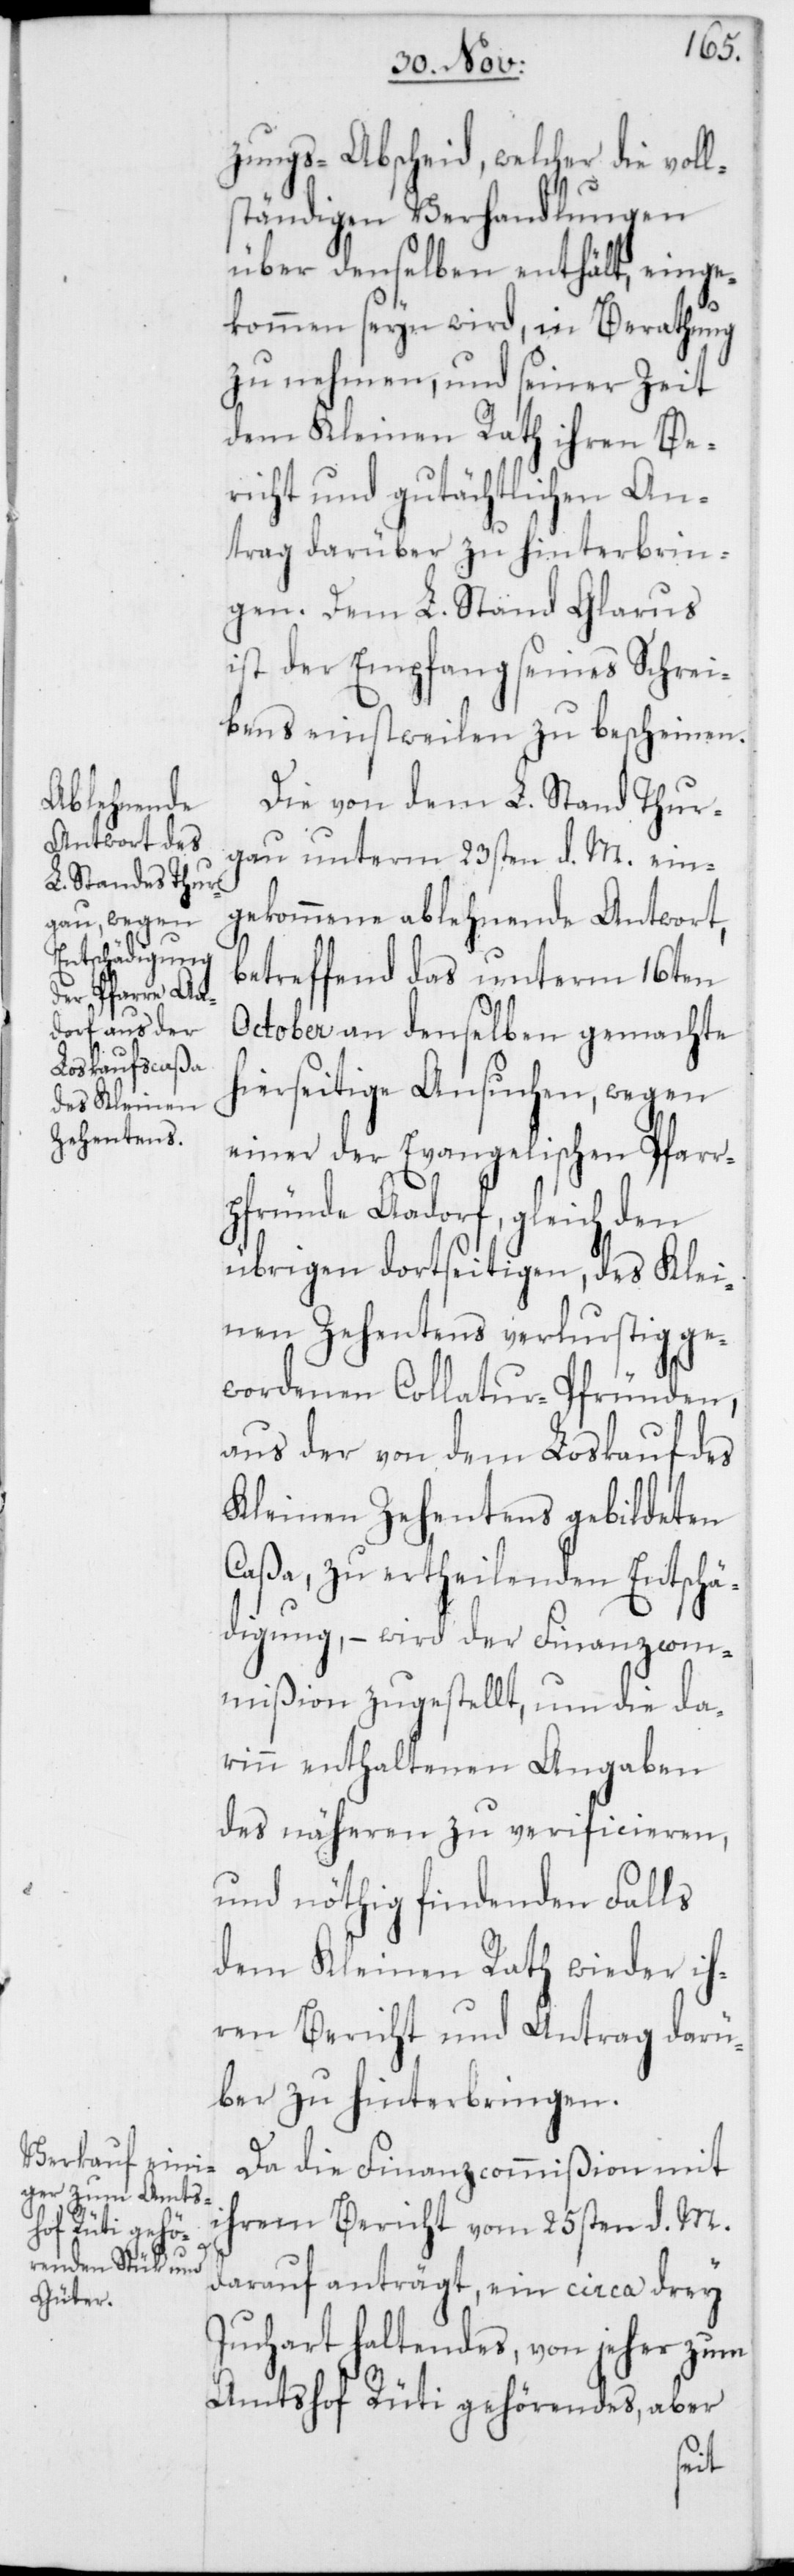
zungs-Abscheid, welcher die voll¬
ständigen Verhandlungen
über denselben enthält, einge¬
kommen seyn wird, in Berathung
zu nehmen, und seiner Zeit
dem Kleinen Rath ihren Be¬
richt und gutächtlichen An¬
trag darüber zu hinterbrin¬
gen. Dem L. Stand Glarus
ist der Empfang seines Schrei¬
bens einstweilen zu bescheinen.
Die von dem L. Stand Thur¬
gau unterm 23sten d. M. ein¬
gekommene ablehnende Antwort,
betreffend das unterm 16ten
October an denselben gemachte
hierseitige Ansuchen, wegen
einer der Evangelischen Pfarr¬
pfründe Aadorf, gleich den
übrigen dortseitigen, des Klei¬
nen Zehentens verlustig ge¬
wordenen Collatur-Pfründen,
aus der von dem Loskauf des
Kleinen Zehentens gebildeten
Caßa, zu ertheilenden Entschä¬
digung, – wird der Finanzcom¬
mißion zugestellt, um die da¬
rinn enthaltenen Angaben
des näheren zu verificieren,
und nöthig findenden Falls
dem Kleinen Rath wieder ih¬
ren Bericht und Antrag darü¬
ber zu hinterbringen.
Da die Finanzcommißion mit
ihrem Bericht vom 25sten d. M.
darauf anträgt, ein circa drey
Juchart haltendes, von jeher zum
Amtshof Rüti gehörendes, aber